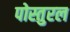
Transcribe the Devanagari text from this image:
पोस्तुरल